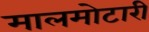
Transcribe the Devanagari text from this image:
मालमोटारी